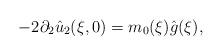
LaTeX: \begin{align*}- 2 \partial_2 \hat u_2 (\xi ,0) = m_0(\xi) \hat g(\xi) ,\end{align*}